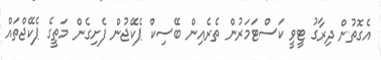
އެގޮތުން ދިރާގު ޓީވީ ކަސްޓަމަރުން ތެރެއިން ބޭސިކް ޕެކޭޖުން ފެށިގެން މަތީގެ ޕެކޭޖްތައް